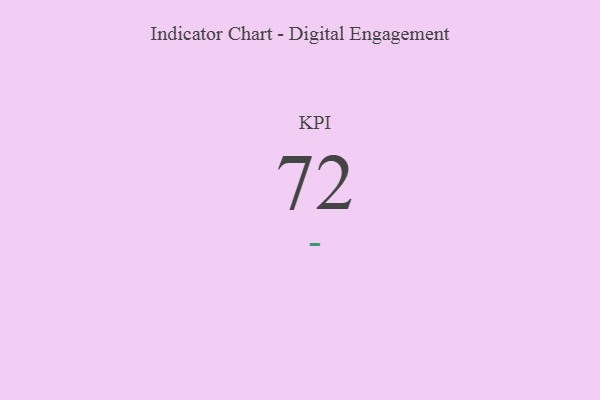
{"axis": {"x": "KPI", "y": "Value"}, "legend": [""], "data": [{"x": "KPI", "y": 72, "type": ""}]}